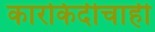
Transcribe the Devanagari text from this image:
कारकिर्दीचाही